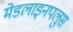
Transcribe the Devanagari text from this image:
मेडलाइनपलुस